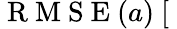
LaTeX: \mathrm{~R~M~S~E~}(a)~[\